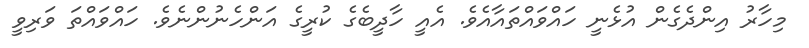
މިހާރު އިންދެގެން އުޅެނީ ހައްވައްތައާއެވެ. އެއީ ހާދީބެގެ ކުރީގެ އަންހެނުންނެވެ. ހައްވައްތަ ވަރިވީ